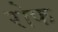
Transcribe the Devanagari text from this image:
रोफ